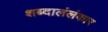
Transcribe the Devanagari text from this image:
शब्दालंलंकार